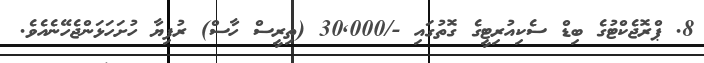
8. ޕްރޮޖެކްޓުގެ ބިޑް ސެކިއުރިޓީގެ ގޮތުގައި -/30